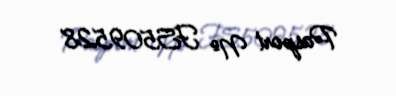
Pasport № FS509528